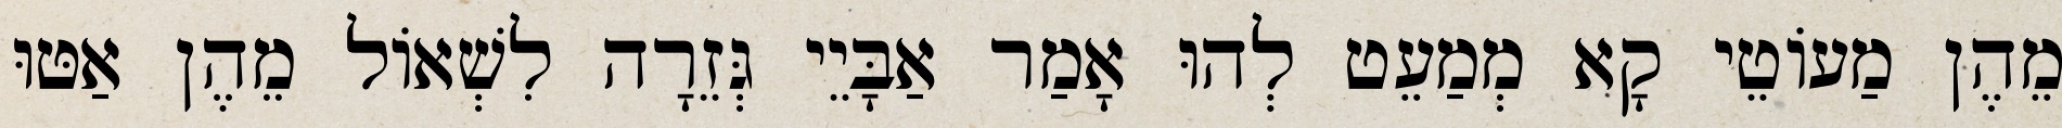
מֵהֶן מַעוֹטֵי קָא מְמַעֵט לְהוּ אָמַר אַבָּיֵי גְּזֵרָה לִשְׁאוֹל מֵהֶן אַטּוּ